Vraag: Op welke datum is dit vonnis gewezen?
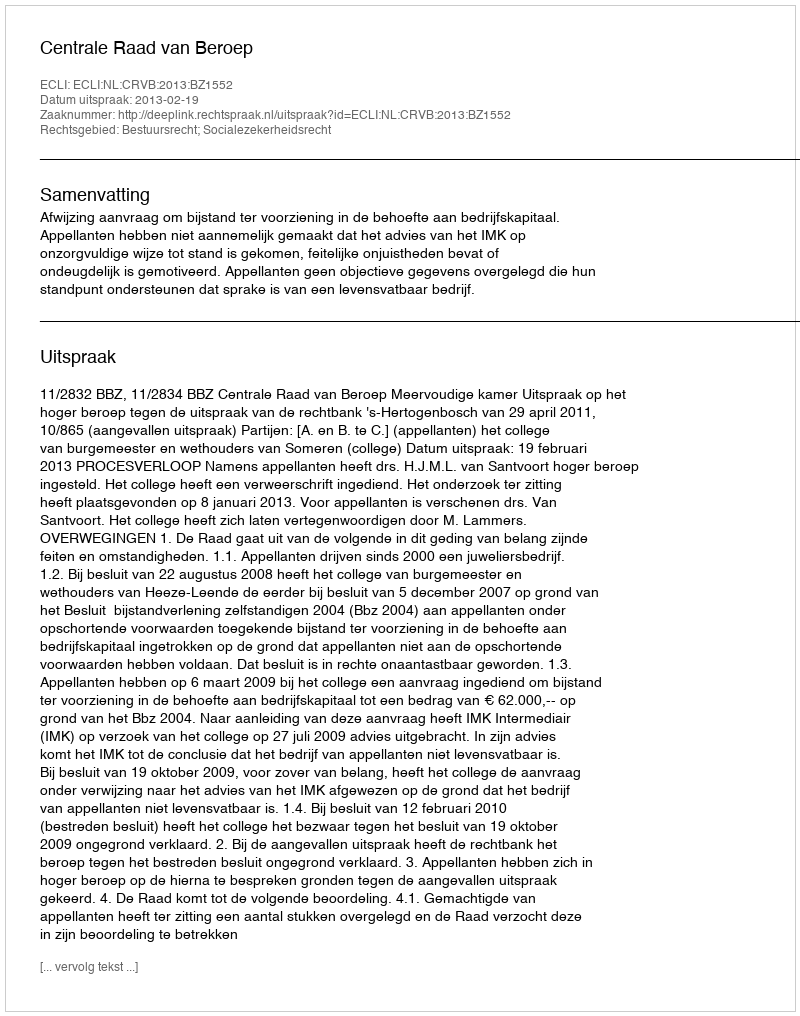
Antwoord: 2013-02-19